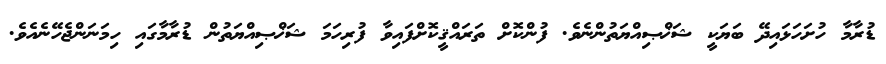
ޑުރާމާ ހުށަހަޅައިދޭ ބަޔަކީ ޝަޚްޞިއްޔަތުންނެވެ. ފުންކޮށް ތަރައްޤީކޮށްފައިވާ ފުރިހަމަ ޝަޚްޞިއްޔަތުން ޑުރާމާގައި ހިމަނަންޖެހޭނެއެވެ.